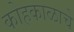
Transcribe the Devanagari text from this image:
कोहकाळाचे